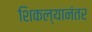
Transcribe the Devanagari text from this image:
शिकल्यानंतर